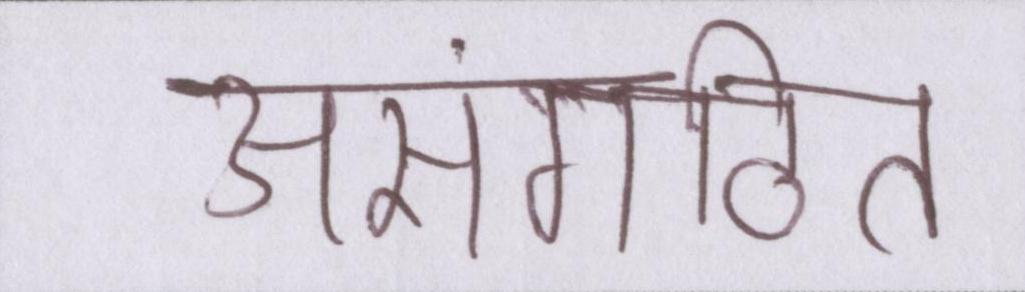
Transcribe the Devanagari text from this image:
असंगठित